Calcutta medical institutions reports 1892-1900
Year: 1892
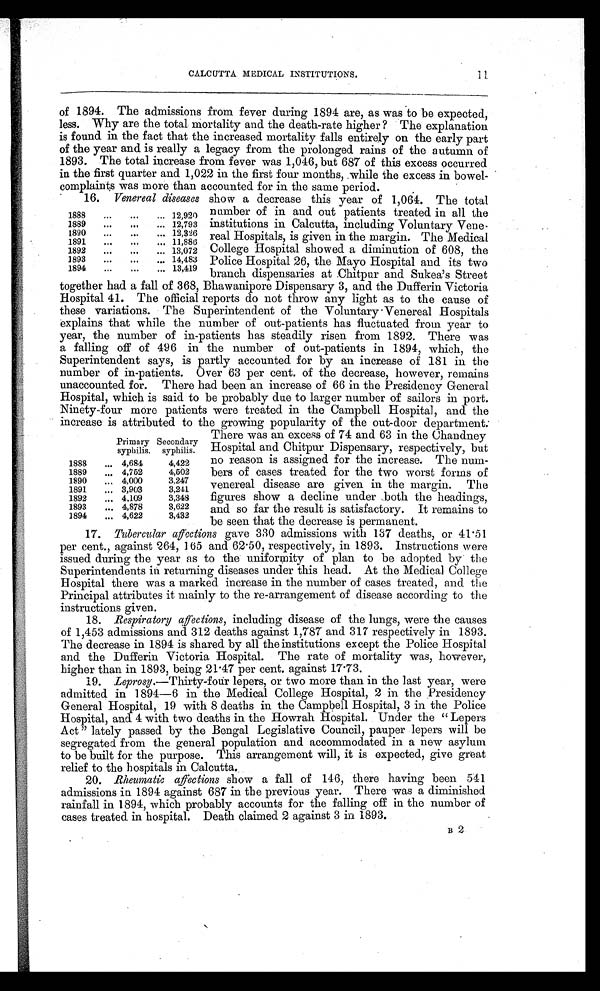
CALCUTTA MEDICAL INSTITUTIONS.
11
of 1894. The admissions from fever during 1894 are, as was to be expected,
less. Why are the total mortality and the death-rate higher ? The explanation
is found in the fact that the increased mortality falls entirely on the early part
of the year and is really a legacy from the prolonged rains of the autumn of
1893. The total increase from fever was 1,046, but 687 of this excess occurred
in the first quarter and 1,022 in the first four months, while the excess in bowel-
complaints was more than accounted for in the same period.
16. Venereal diseases show a decrease this year of 1,064. The total
number of in and out patients treated in all the
institutions in Calcutta, including Voluntary Vene-
real Hospitals, is given in the margin. The Medical
College Hospital showed a diminution of 608, the
Police Hospital 26, the Mayo Hospital and its two
branch dispensaries at Chitpur and Sukea’s Street
together had a fall of 368, Bhawanipore Dispensary 3, and the Dufferin Victoria
Hospital 41. The official reports do not throw any light as to the cause of
these variations. The Superintendent of the Voluntary Venereal Hospitals
explains that while the number of out-patients has fluctuated from year to
year, the number of in-patients has steadily risen from 1892. There was
a falling off of 496 in the number of out-patients in 1894, which, the
Superintendent says, is partly accounted for by an increase of 181 in the
number of in-patients. Over 63 per cent. of the decrease, however, remains
unaccounted for. There had been an increase of 66 in the Presidency General
Hospital, which is said to be probably due to larger number of sailors in port.
Ninety-four more patients were treated in the Campbell Hospital, and the
increase is attributed to the growing popularity of the out-door department.
There was an excess of 74 and 63 in the Chandney
Hospital and Chitpur Dispensary, respectively, but
no reason is assigned for the increase. The num-
bers of cases treated for the two worst forms of
venereal disease are given in the margin. The
figures show a decline under both the headings,
and so far the result is satisfactory. It remains to
be seen that the decrease is permanent.
17. Tubercular affections gave 330 admissions with 137 deaths, or 41.51
per cent., against 264, 165 and 62.50, respectively, in 1893. Instructions were
issued during the year as to the uniformity of plan to be adopted by the
Superintendents in returning diseases under this head. At the Medical College
Hospital there was a marked increase in the number of cases treated, and the
Principal attributes it mainly to the re-arrangement of disease according to the
instructions given.
18. Respiratory affections,i n c l u d i n g d i s e a s e o f t h e l u n g s , w e r e t h e c a u s e s
of 1,453 admissions and 312 deaths against 1,787 and 317 respectively in 1893.
The decrease in 1894 is shared by all the institutions except the Police Hospital
and the Dufferin Victoria Hospital. The rate of mortality was, however,
higher than in 1893, being 21.47 per cent. against 17.73.
19. Leprosy .—Thirty-four lepers, or two more than in the last year, were
admitted in 1894—6 in the Medical College Hospital, 2 in the Presidency
General Hospital, 19 with 8 deaths in the Campbell Hospital, 3 in the Police
Hospital, and 4 with two deaths in the Howrah Hospital. Under the “Lepers
Act” lately passed by the Bengal Legislative Council, pauper lepers will be
segregated from the general population and accommodated in a new asylum
to be built for the purpose. This arrangement will, it is expected, give great
relief to the hospitals in Calcutta.
20. Rheumatic affections show a fall of 146, there having been 541
admissions in 1894 against 687 in the previous year. There was a diminished
rainfall in 1894, which probably accounts for the falling off in the number of
cases treated in hospital. Death claimed 2 against 3 in 1893.
B 2
1888
...
...
... 12,920
1889
...
...
... 12,793
1890
...
...
... 12,326
1891
...
...
... 11,886
1892
...
...
... 13,072
1893
...
...
... 14,483
1894
...
...
... 13,419
Primary
syphilis.
Secondary
syphilis.
1888
... 4,684
4,422
1889
... 4,752
4,502
1890
... 4,000
3,247
1891
... 3,903
3,241
1892
... 4,109
3,348
1893
... 4,878
3,622
1894
... 4,622
3,432